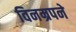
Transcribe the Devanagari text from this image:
विनम्रपने